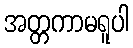
အတ္တကာမရူပါ